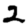
Digit: 2